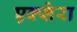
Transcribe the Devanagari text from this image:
एक्सेरा